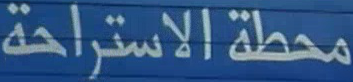
محطة الاستراحة